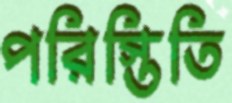
পরিস্তিতি